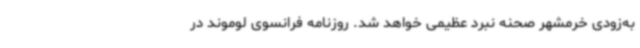
به‌زودی خرمشهر صحنه نبرد عظیمی خواهد شد. روزنامه فرانسوی لوموند در